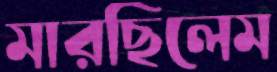
মারছিলেম